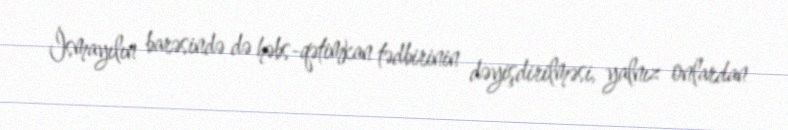
İsmayılın barəsində də həbs-qətimkan tədbirinin dəyişdirilməsi, yalnız onlardan